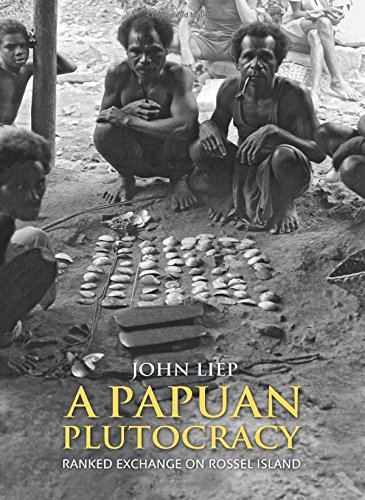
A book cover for A Papuan Plutocracy: Ranked Exchange on Rossel Island; John Liep; History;